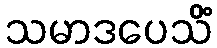
သမာဒပေသိံ